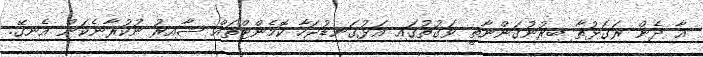
އާ ދެން ރަގަޅުތާ ބިރުނުގަންނާތީ ވަގުތުގައި އަޅުގަނޑުޖަހާ ކޮމެންޓްތައް ޝާއިރު ނުކުރާނެކަން އެނގޭ.